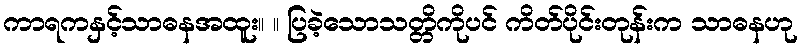
ကာရကနှင့်သာဓနအထူး။ ။ ပြခဲ့သောသတ္တိကိုပင် ကိတ်ပိုင်းတုန်းက သာဓနဟု